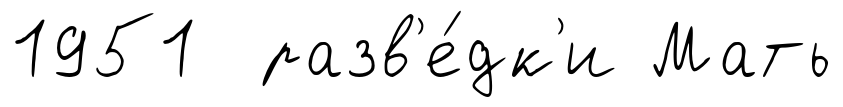
1951 разв'е́дк'и Мать